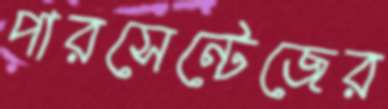
পারসেন্টেজের